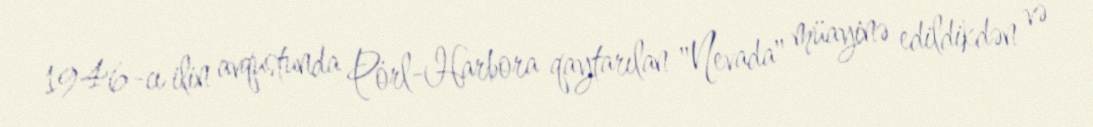
1946-cı ilin avqustunda Pörl-Harbora qaytarılan "Nevada" müayinə edildikdən və